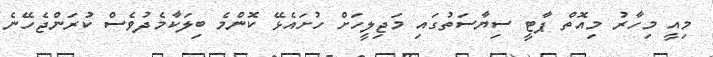
މިއީ މިހާރު މިއޮތް ޕާޓީ ސިޔާސަތުގައި މަޖިލީހަށް ހުށައެޅޭ ކޮންމެ ބިލަކާމެދުވެސް ކުރަންޖެހޭނެ